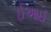
ઈઆઈ